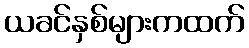
ယခင်နှစ်များကထက်